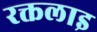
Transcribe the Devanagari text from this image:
रक्तलाइ